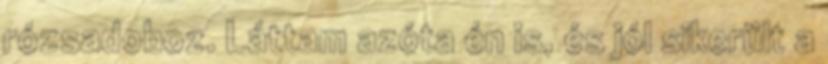
rózsadoboz. Láttam azóta én is, és jól sikerült a